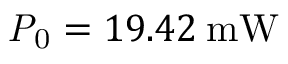
\mathrm { \mathit { P } _ { 0 } } = 1 9 . 4 2 \: \mathrm { m W }